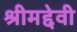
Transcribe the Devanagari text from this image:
श्रीमद्देवी